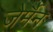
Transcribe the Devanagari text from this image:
जेर्मैन